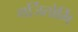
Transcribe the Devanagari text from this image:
गर्जितोर्मि